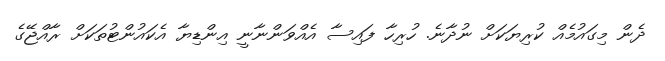
ދެން މިގައުމެއް ކުރިޔަކަށް ނުދާނެ. ހުރިހާ ފައިސާ އެއްވަންނާނީ އިންޑިޔާ އެކައުންޓުތަކަށް ރާއްޖޭގެ